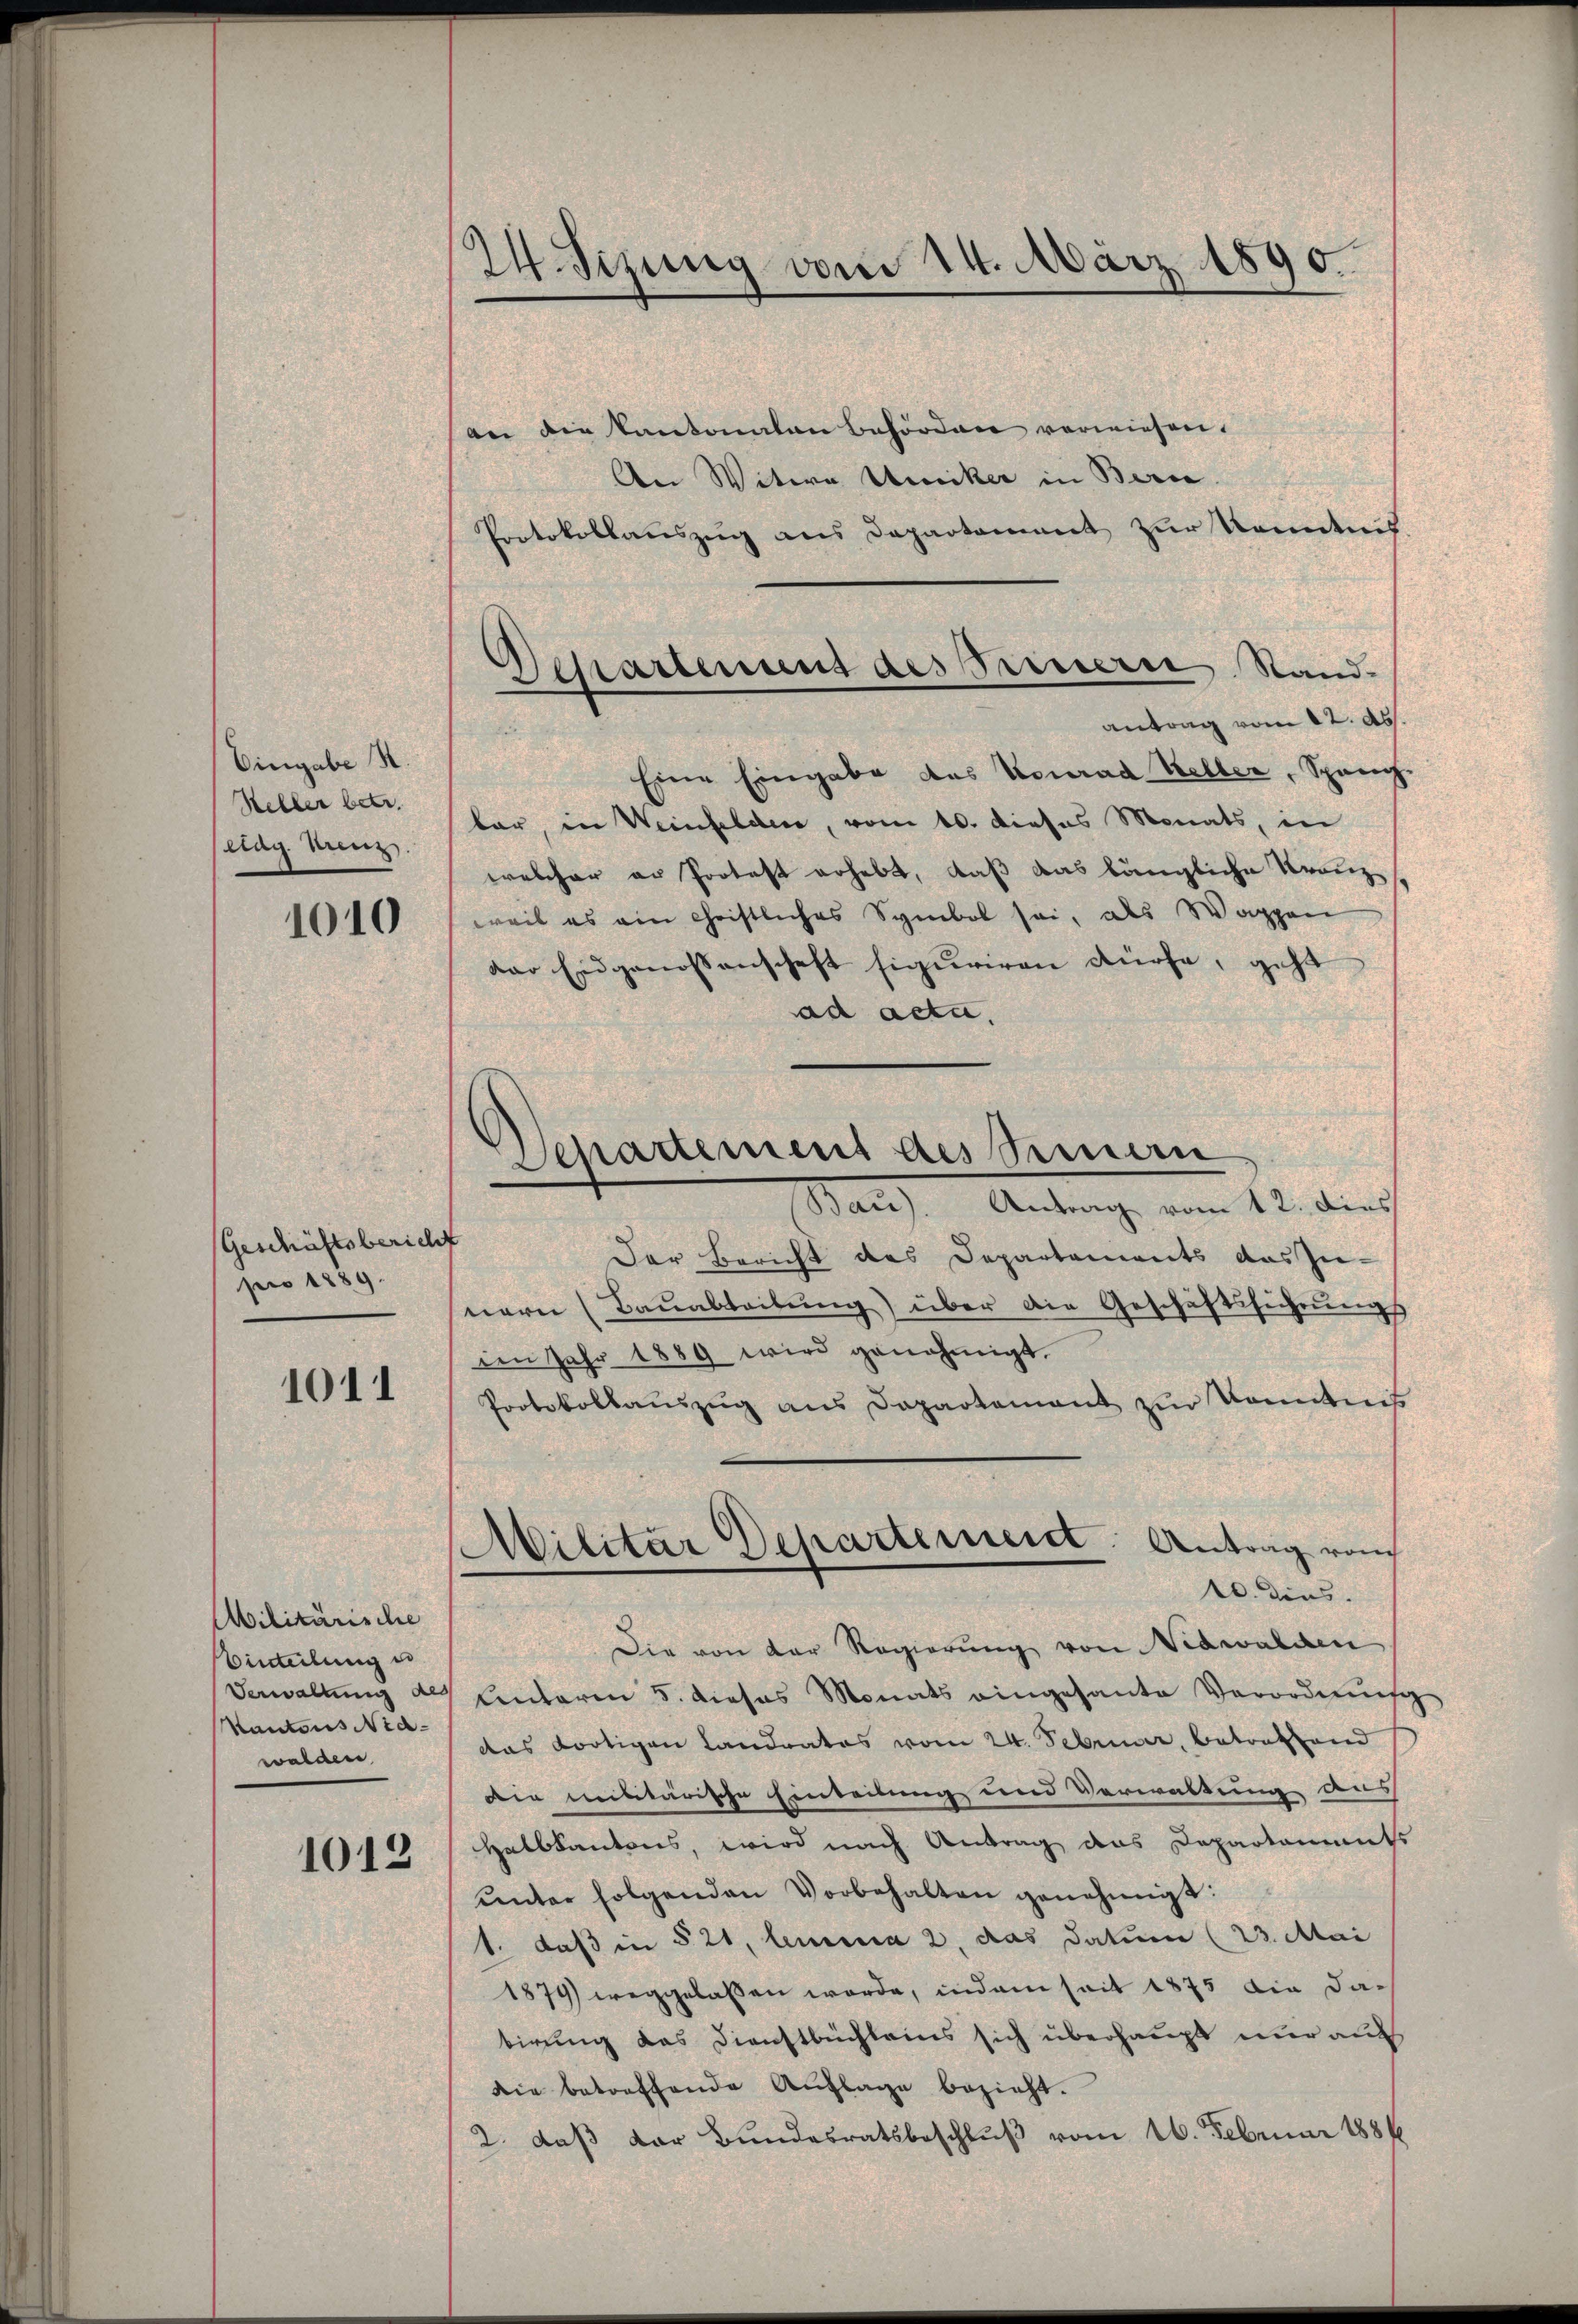
Eingabe N.
Heller betr.
clag. Wenz

1010

(Geschäftsbericht
pro 1889.

1011

Militärische
Binteilung e
Kantons Nid-
walden,

1013

24. Sizung vom 14. März 1890.

an die Kantonalen behörden verwiesen.
An Witwe Weiker in Bern.
Protokollauszug aus Departement zur Kenntnis
Eine Eingabe das Konrad Keller, Spang.
bar, in Weinfelden, vom 10. dieses Monats, in
welcher er Protest erhebt, daß das längliche Kranz
weil es ein christliches Symbol sei, als Wappen
der Eidgenossenschaft figuriren dürfe, geht
ad acta.
Der Bericht des Departements das Zu-
nern (Bauabteilung) über die Geschäftsführungs
den Jahr 1889 wird genehmigt.
Protokollauszug aus Departement zur Kenntnis
Militar Departement. Antrag vom
10. dies
Die von der Regierung von Nidwalden
Verwaltung des Unterm 5. dieses Monats eingesante Verordnung
das dortigen Landrates vom 24. Februar, betrafand
Die militärische Einteilung und Verwaltung aus
Halbkantons, wird nach Antrag das Departaments
ŭnter folgenden Vorbehalten genehmigt:
1. daß in § 21, lemma 2. das Datum (23. Mai
1874) weggelassen werde, indem seit 1875 die datirung das Dienstbuchleins sich überhaupt nur auf
die betreffende Auflage bezieht.
2. daß der Bundesratsbeschluß vom 16. Februar 1886

Departement des Sauern Stand.
antrag vom 22. Abs.

Behauement des Sennern
March Antrag vom 12. durch